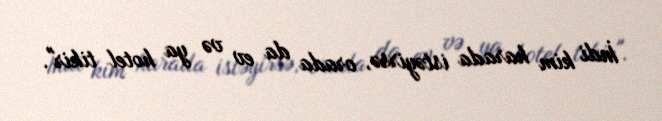
İndi kim harada istəyirsə, orada da ev və ya hotel tikir".